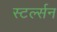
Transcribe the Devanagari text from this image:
स्टर्ल्सन